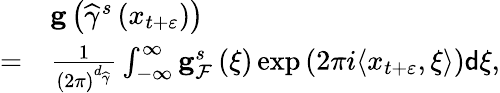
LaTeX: \begin{array}{rl}&{\mathbf{g}\left(\widehat{\gamma}^{s}\left(x_{t+\varepsilon}\right)\right)}\\ {=}&{\frac{1}{\left(2\pi\right)^{d_{\widehat{\gamma}}}}\int_{-\infty}^{\infty}\mathbf{g}_{\mathcal{F}}^{s}\left(\xi\right)\exp\left(2\pi i\langle x_{t+\varepsilon},\xi\rangle\right)\mathsf{d}\xi,}\end{array}